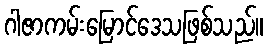
ဂါဇာကမ်းမြောင်ဒေသဖြစ်သည်။